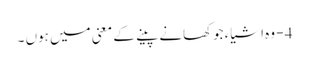
4 - وہ اشیاء جوکھانے پینے کے معنی میں ہوں ۔